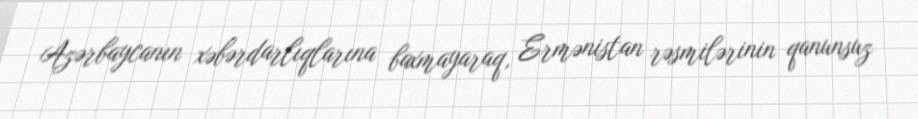
Azərbaycanın xəbərdarlıqlarına baxmayaraq, Ermənistan rəsmilərinin qanunsuz